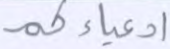
أدعياءكم